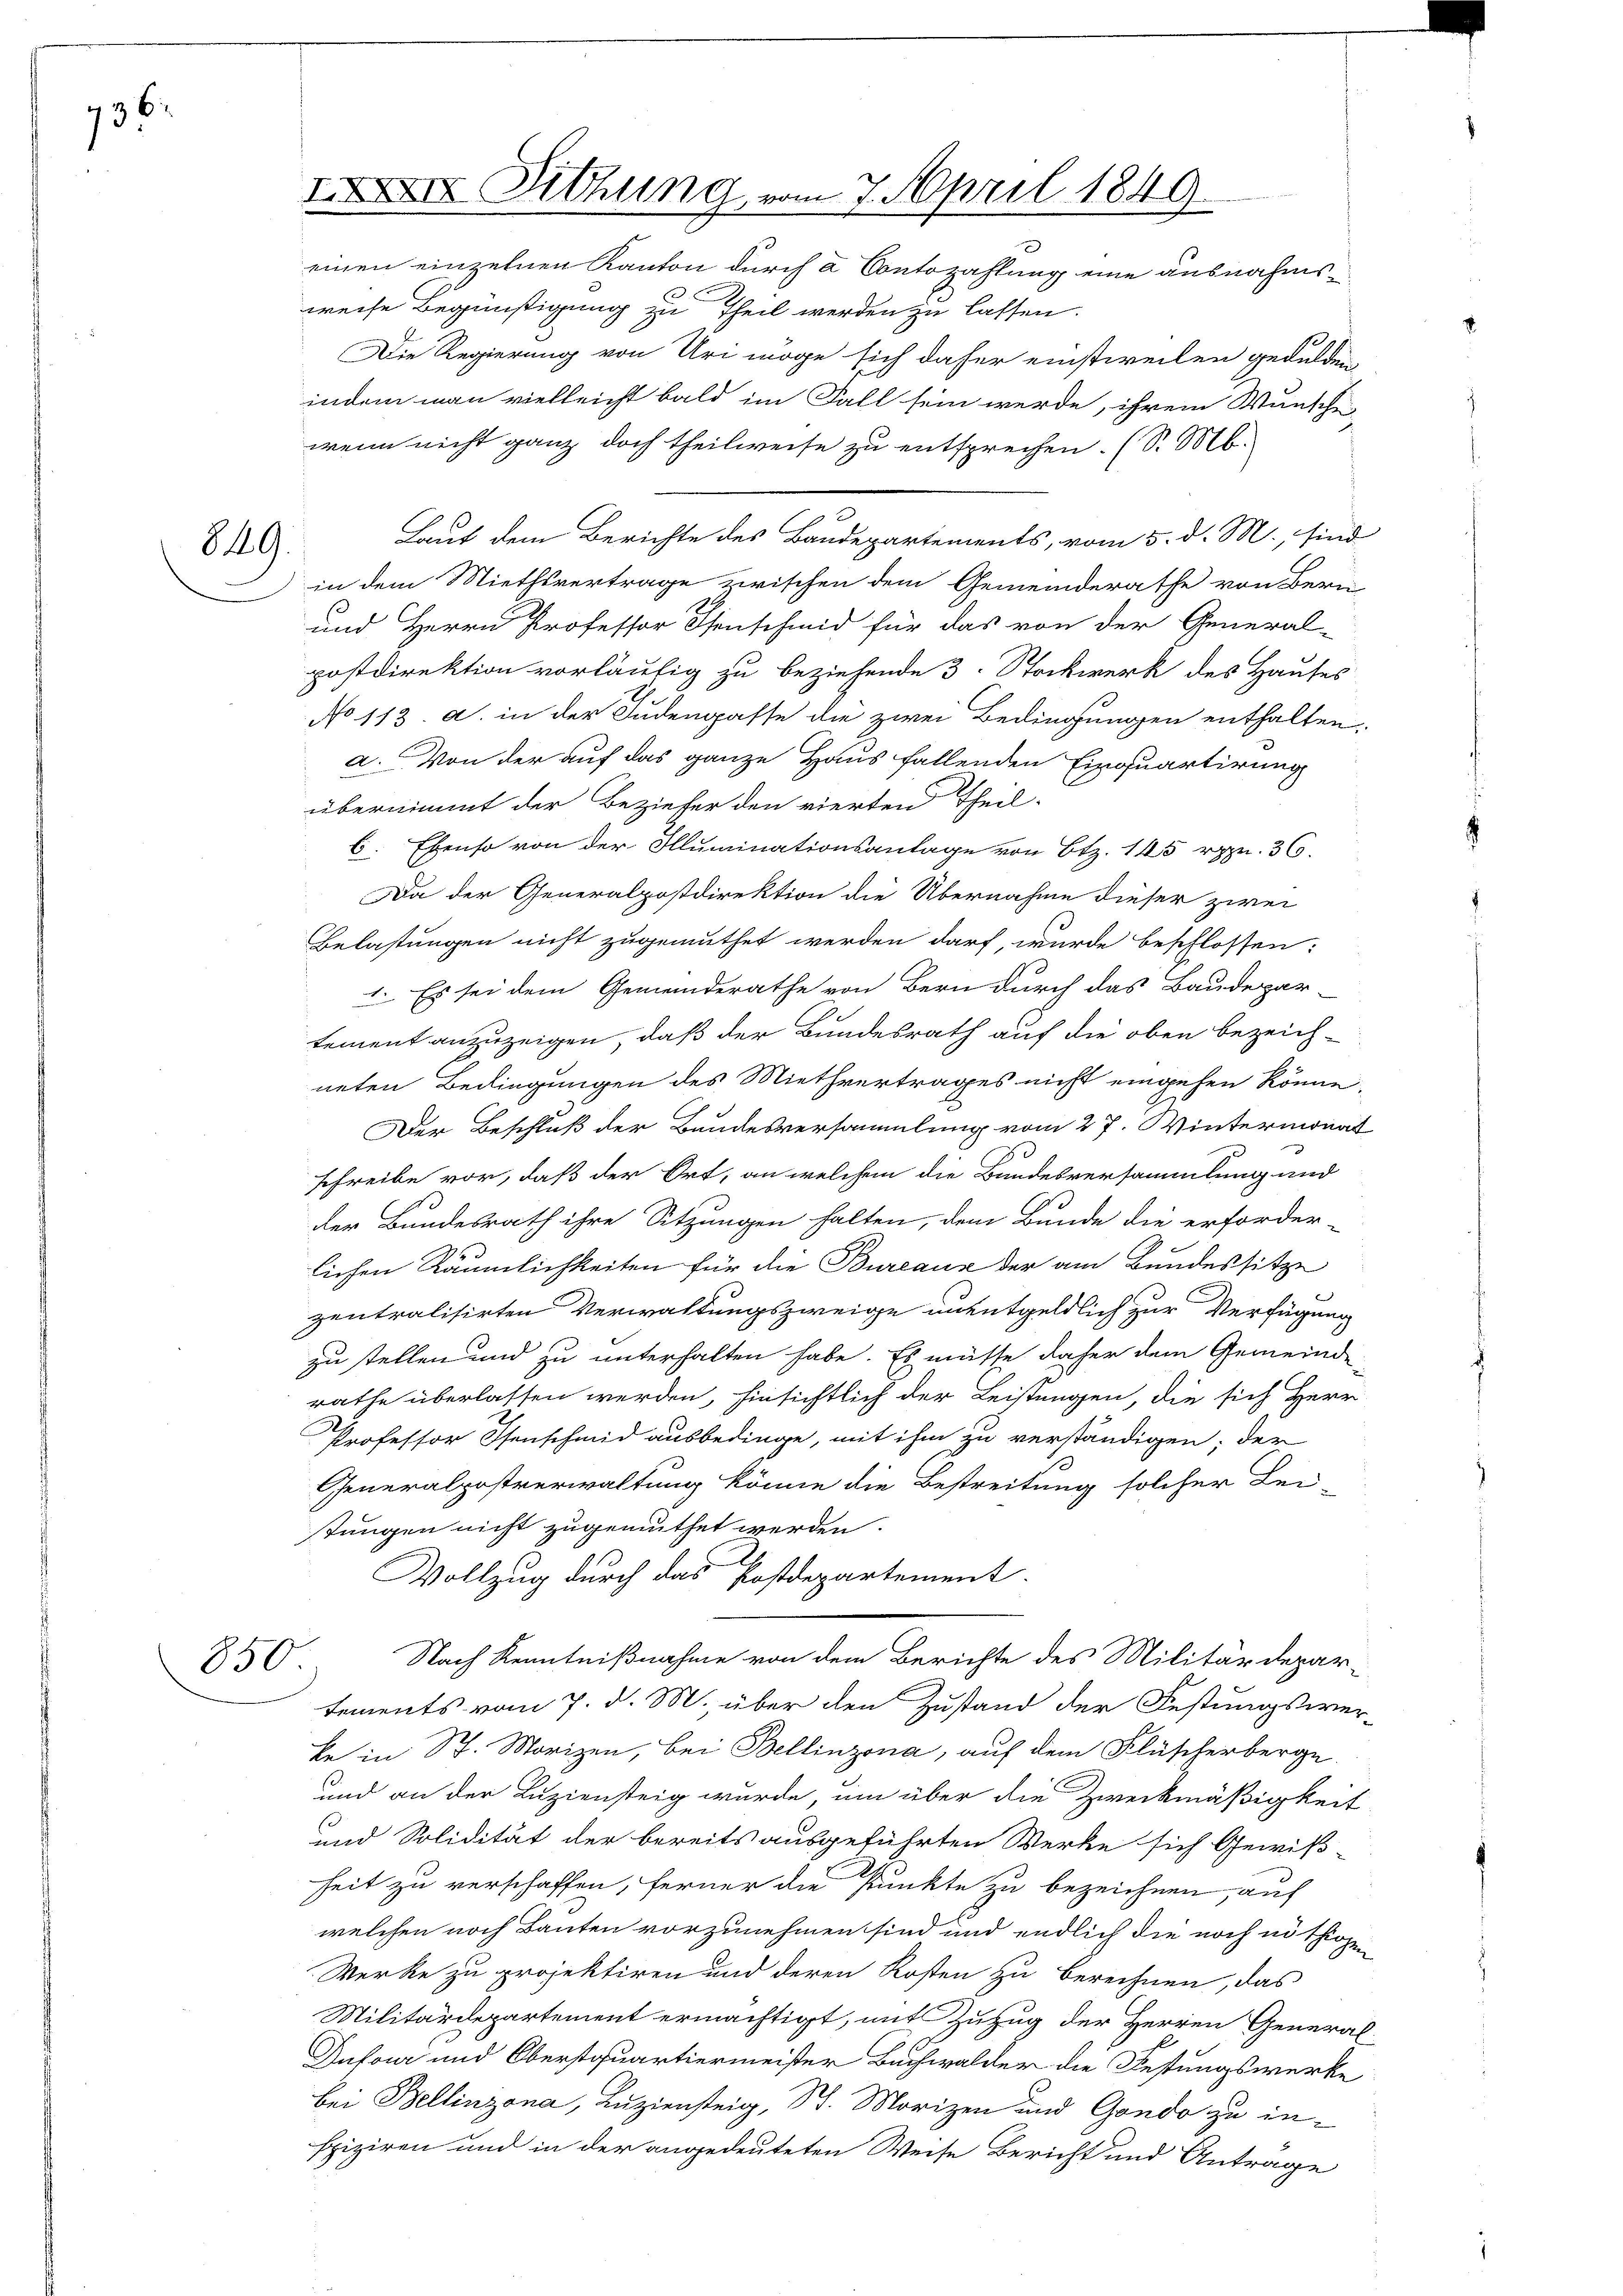
736.

849.

850.

XXI Sitzung vom 7. April 1849.
einen einzelnen Kanton durch à Contozahlung eine ausnahms¬

weise Begünstigung zu Theil werden zu lassen.
Die Regierung von Uri möge sich daher einstweilen gedulden
indem man vielleicht bald im Fall sein werde, ihrem Wunsch-
wenn nicht ganz doch theilweise zu entsprechen. (S. M.
Laut dem Berichte des Baudepartements, vom 5. d. M., sind
in dem Miethsvertrage zwischen dem Gemeinderathe von Bern
und Herrn Professor Isenschmid für das von der General-
postdirektion vorläufig zu beziehende 3. Stockwerk des Hauses
No 113. a. in der Judengasse die zwei Bedingungen enthalten,
a. Von der auf das ganze Haus fallenden Einquartirung
übernimmt der Bezieher den vierten Theil-
6. Ebenso von der Illuminationsanlage von Btz. 145 rppn. 36.
Da der Generalpostdirektion die Übernahme dieser zwei
Belastungen nicht zugemuthet werden darf, wurde beschlossen:
1. Es sei dem Gemeinderathe von Bern durch das Baudepar
tement anzuzeigen, daß der Bundesrath auf die oben bezeich-
neten Bedingungen des Miethvertrages nicht eingehen könne.
Der Beschluß der Bandesversammlung vom 27. Wintermonat
schreibe vor, daß der Ort, an welchem die Bundesversammlung und
der Bundesrath ihre Sitzungen halten, dem Bunde die erforder-
lichen Räumlichkeiten für die Bureaux der am Bundessitze
zentralisirten Verwaltungszweige unentgeldlich zur Verfügung
zu stellen und zu unterhalten habe. Es müsse daher dem Gemeinde
rathe überlassen werden, hinsichtlich der Leistungen, die sich Herr
Professor Isenschmid ausbedinge, mit ihm zu verständigen; der
Generalpostverwaltung könne die Bestreitung solcher Lei-
stungen nicht zugemuthet werden.
Vollzug durch das Postdepartement.
Nach Kenntnißnahme von dem Berichte des Militärdepar-
tements vom 7. d. M. über den Zustand der Festungswerke in St. Morizen, bei Bellinzona, auf dem Flüscherberge
und an der Luziensteig wurde, um über die Zweckmäßigkeit
und Solidität der bereits ausgeführten Werke sich Gewiß
heit zu verschaffen, ferner die Punkte zu bezeichnen, auf
welchen noch Bauten vorzunehmen sind und endlich die noch nöthigen
Werke zu projektiren und deren Kosten zu berechnen, das
Militärdepartement ermächtigt, mit Zuzug der Herren General-
Dufon und Oberstquartiermeister Buchwalder die Festungswerke
bei Bellinzona, Luziensteig, St. Morizen und Gondo zu inspiziren und in der angedeuteten Weise Bericht und Antrage